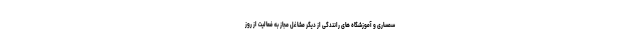
سمساری و آموزشگاه های رانندگی از دیگر مشاغل مجاز به فعالیت از روز